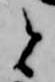
と